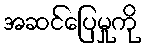
အဆင်ပြေမှုကို